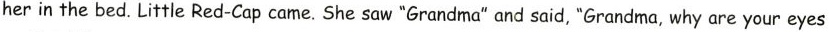
herin the bed. Little Red-Cap came. She saw "Grandma" and said, "Grandma, why are your eyes